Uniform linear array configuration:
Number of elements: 4
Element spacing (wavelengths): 0.25
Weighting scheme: blackman
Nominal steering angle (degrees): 45
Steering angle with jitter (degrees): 45.309
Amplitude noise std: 0.05
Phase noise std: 0.05

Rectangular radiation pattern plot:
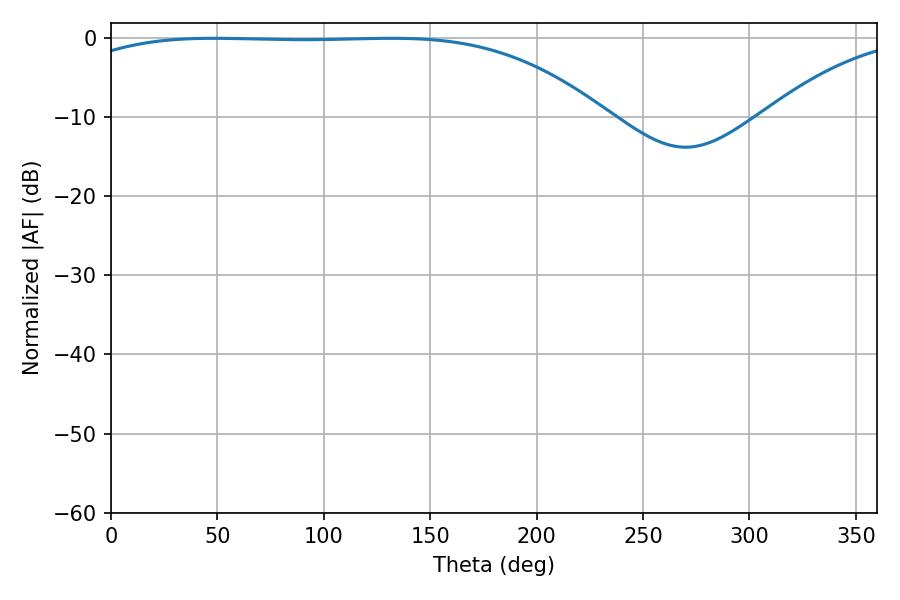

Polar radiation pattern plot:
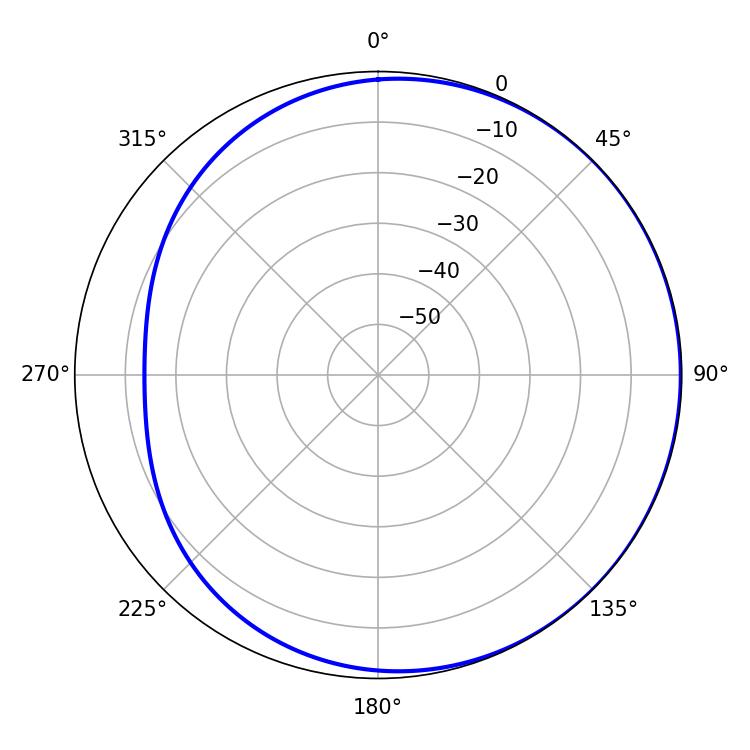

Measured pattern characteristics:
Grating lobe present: FALSE
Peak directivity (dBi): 0.8736
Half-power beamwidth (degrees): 194.76
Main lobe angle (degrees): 48.06